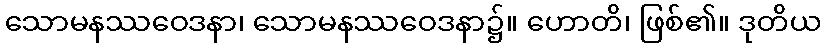
သောမနဿဝေဒနာ၊ သောမနဿဝေဒနာ၌။ ဟောတိ၊ ဖြစ်၏။ ဒုတိယ